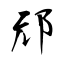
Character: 邧